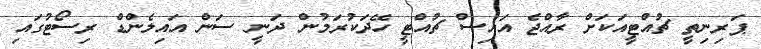
ޕަރިނިތީ ޗުއްޓީއަކަށް ރާއްޖެ އައިސް ޗުއްޓީ ހޭދަކުރަމުން ދަނީ ސަން އައިލެންޑް ރިސޯޓުގައި